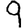
Digit: 9